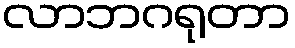
လာဘဂရုတာ